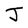
Character: J